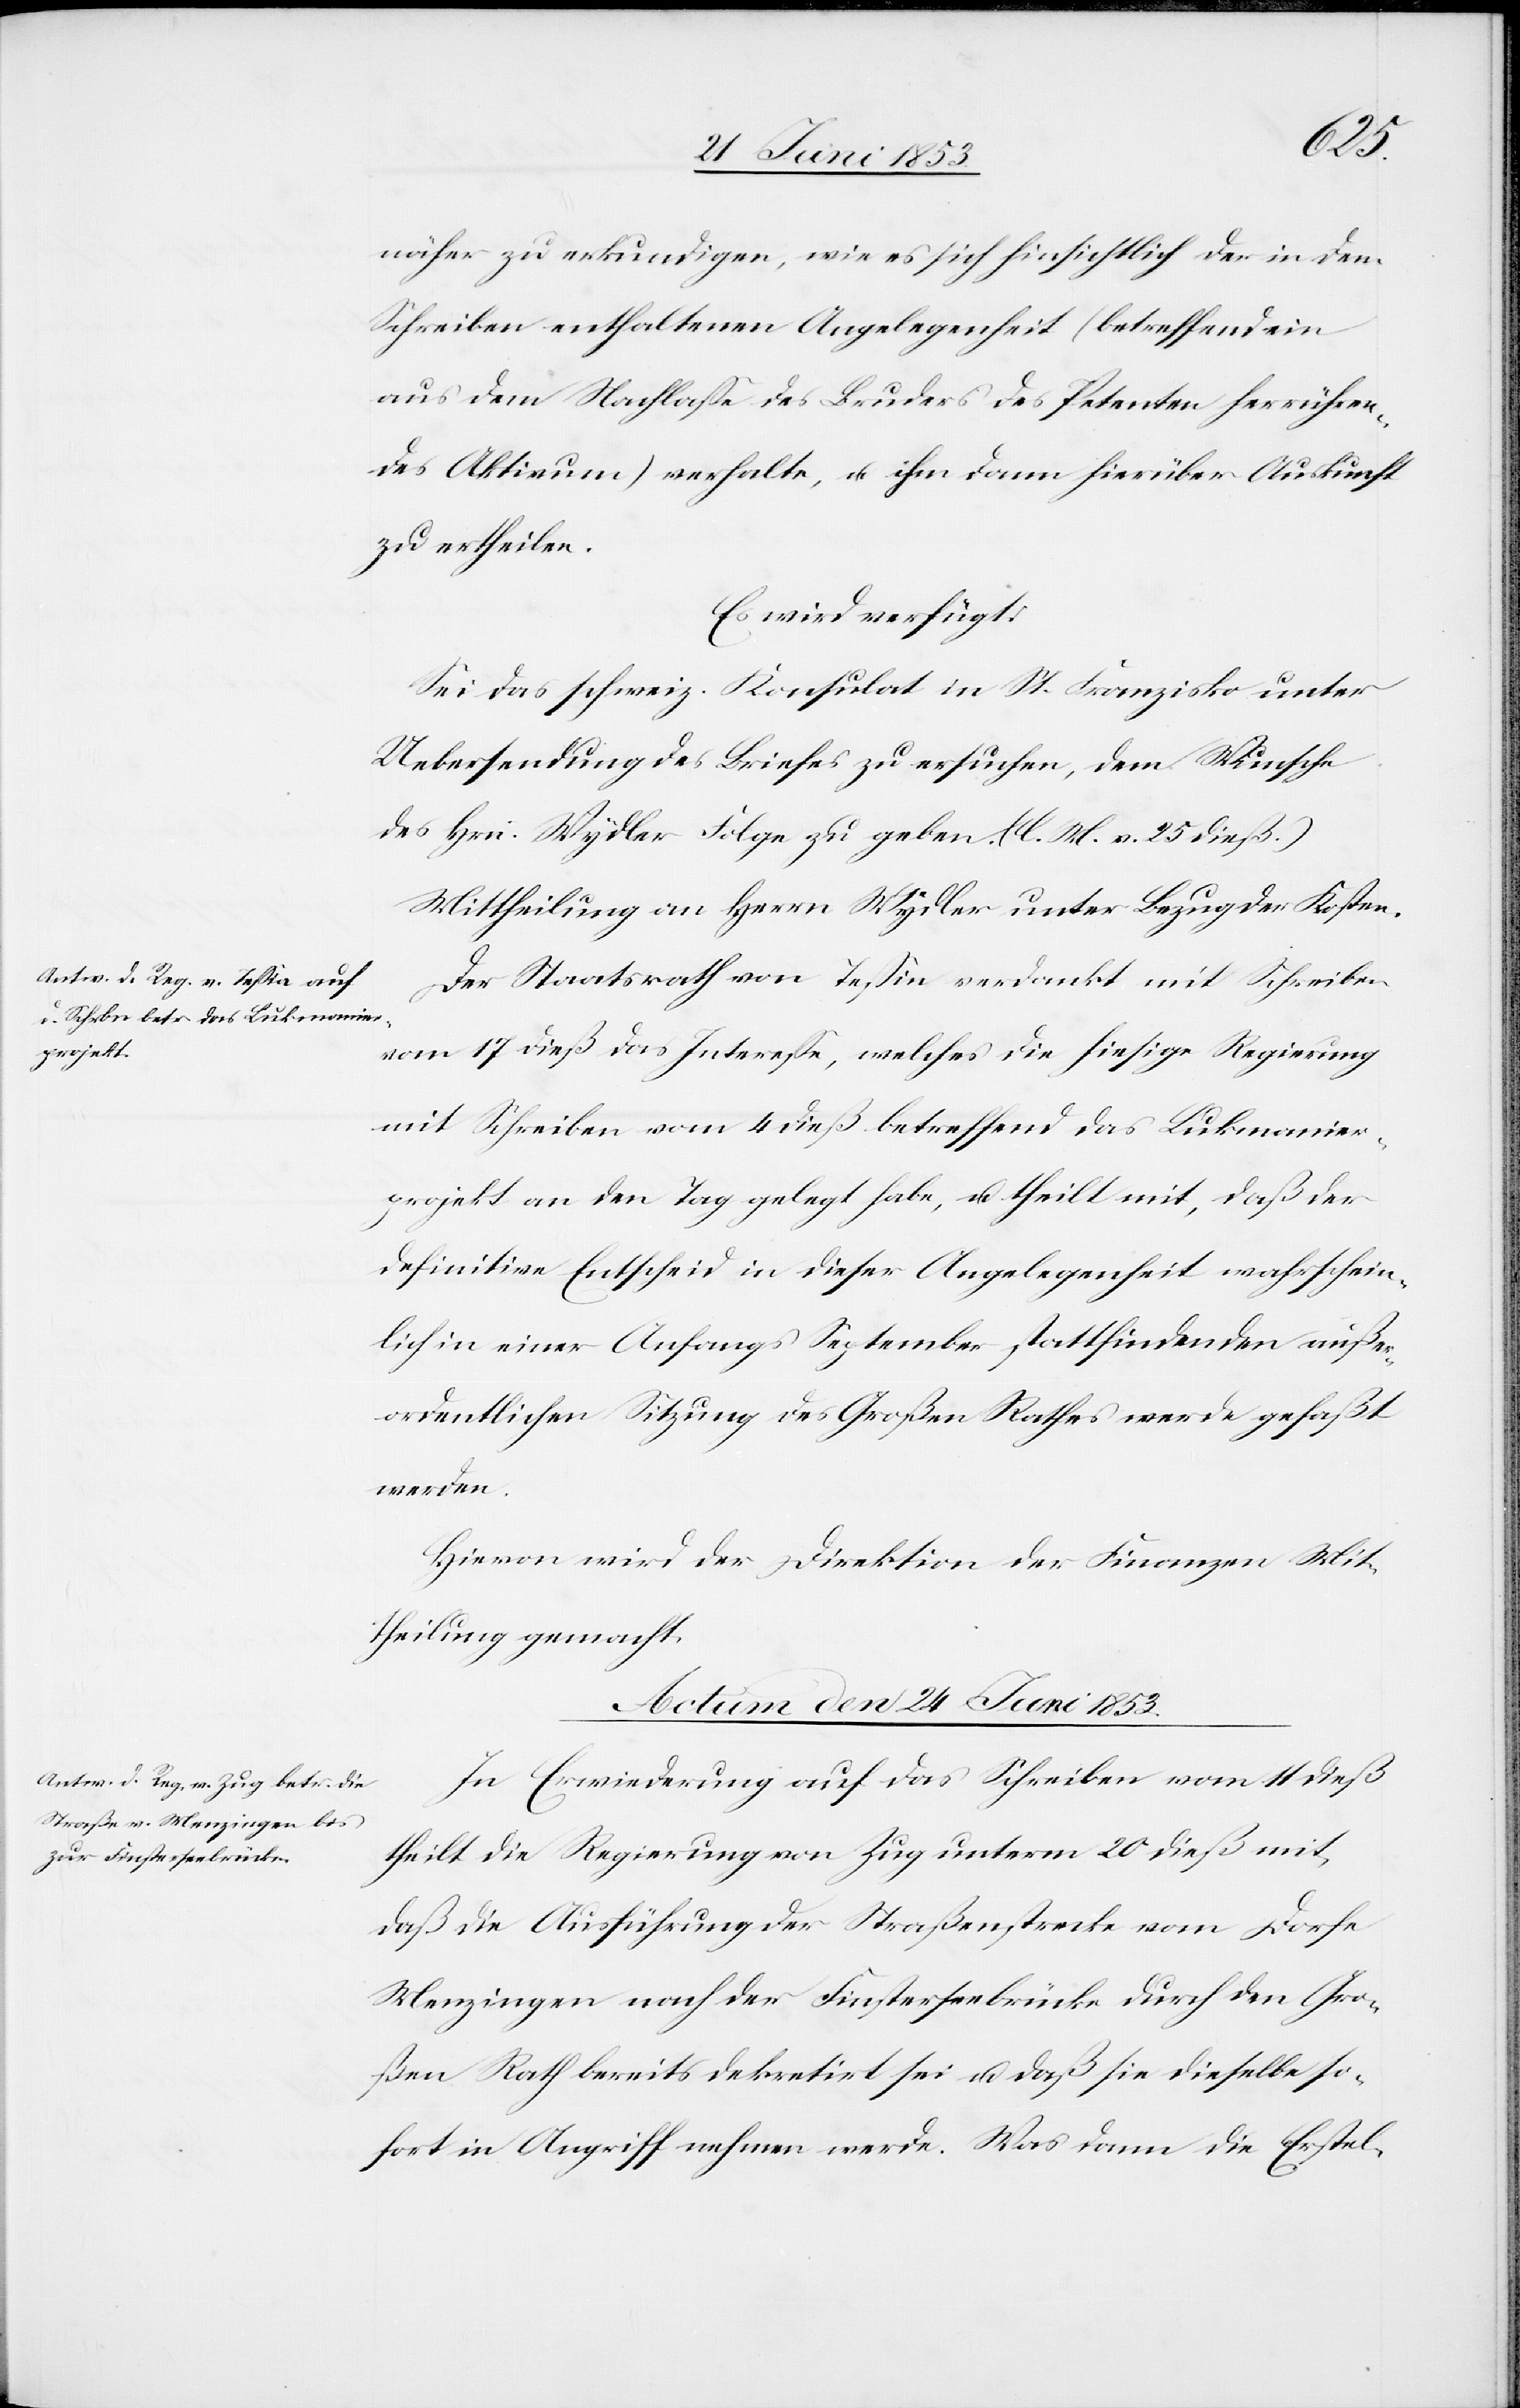
näher zu erkundigen, wie es sich hinsichtlich der in dem
Schreiben enthaltenen Angelegenheit (betreffend ein
aus dem Nachlaße des Bruders des Petenten herrühren¬
des Aktivum) verhalte, u. ihn dann hierüber Auskunft
zu ertheilen.
Es wird verfügt:
Sei das schweiz. Konsulat in St. Franzisko unter
Uebersendung des Briefes zu ersuchen, dem Wunsche
des Hrn. Wydler Folge zu geben. (l. M. v. 25 dieß)
Mittheilung an Herrn Wydler unter Bezug der Kosten.
Der Staatsrath von Teßin verdankt mit Schreiben
vom 17 dieß das Intereße, welches die hiesige Regierung
mit Schreiben vom 4 dieß betreffend das Lukmanier¬
projekt an den Tag gelegt habe, u. theilt mit, daß der
definitive Entscheid in dieser Angelegenheit wahrschein¬
lich in einer Anfangs September stattfinden außer¬
ordentlichen Sitzung des Großen Rathes werde gefaßt
werden.
Hievon wird der Direktion der Finanzen Mit¬
theilung gemacht.
Actum den 24 Juni 1853.
In Erwiederung auf das Schreiben vom 14 dieß
theilt die Regierung von Zug unterm 20 dieß mit,
daß die Ausführung der Straßenbaute vom Dorfe
Menzingen nach der Finsterbrücke durch den Gro¬
ßen Rath bereits dekretirt sei u. daß sie dieselbe so¬
fort in Angriff nehmen werde. Was dann die Erstel-